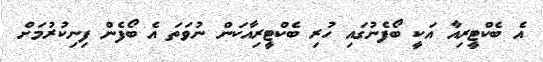
އެ ބެކްޓީރިއާ އަކީ ބޯފެނުގައި ހުރި ބެކްޓީރިއާކަން ނުވަތަ އެ ބޯފެން ފިނިކުރުމަށް